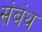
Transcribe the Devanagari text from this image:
संबंथ